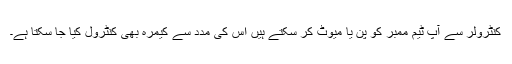
کنٹرولر سے آپ ٹیم ممبر کو پن یا میوٹ کر سکتے ہیں اس کی مدد سے کیمرہ بھی کنٹرول کیا جا سکتا ہے۔